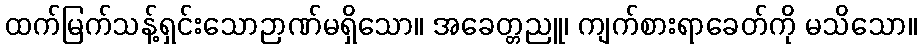
ထက်မြက်သန့်ရှင်းသောဉာဏ်မရှိသော။ အခေတ္တညူ၊ ကျက်စားရာခေတ်ကို မသိသော။